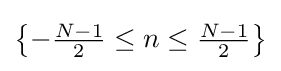
\left\{-{\tfrac {N-1}{2}}\leq n\leq {\tfrac {N-1}{2}}\right\}